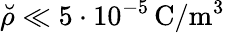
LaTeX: \breve{\rho}\ll 5\cdot 10^{-5}\, \textrm{C}/\textrm{m}^{3}